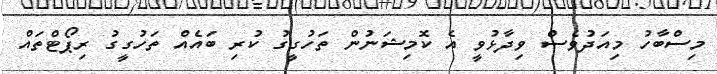
މިސްބާހު މިއަދުވެސް ވިދާޅުވީ އެ ކޮމިޝަނުން ތަހުގީގު ކުރި ބައެއް ތަހުގީގު ރިޕޯޓްތައް